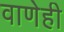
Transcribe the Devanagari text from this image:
वाणेही